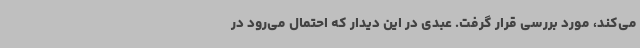
می‌کند، مورد بررسی قرار گرفت. عبدی در این دیدار که احتمال می‌رود در